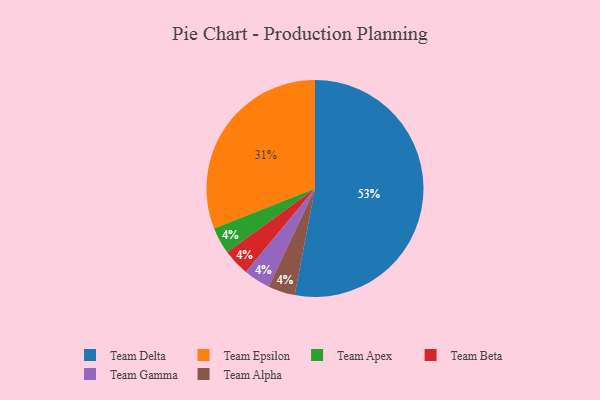
{"axis": {"x": "Category", "y": "Percentage"}, "legend": ["Team Alpha", "Team Apex", "Team Beta", "Team Delta", "Team Epsilon", "Team Gamma"], "data": [{"x": "Team Apex", "y": 4, "type": "Team Apex"}, {"x": "Team Delta", "y": 53, "type": "Team Delta"}, {"x": "Team Beta", "y": 4, "type": "Team Beta"}, {"x": "Team Epsilon", "y": 31, "type": "Team Epsilon"}, {"x": "Team Gamma", "y": 4, "type": "Team Gamma"}, {"x": "Team Alpha", "y": 4, "type": "Team Alpha"}]}